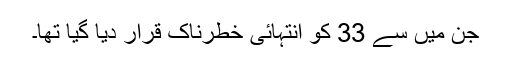
جن میں سے 33 کو انتہائی خطرناک قرار دیا گیا تھا۔